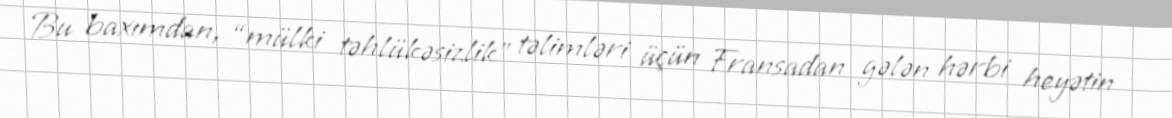
Bu baxımdan, “mülki təhlükəsizlik” təlimləri üçün Fransadan gələn hərbi heyətin